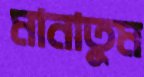
মানাতুম